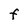
Character: F